Scottish Certificate of Education, 1962
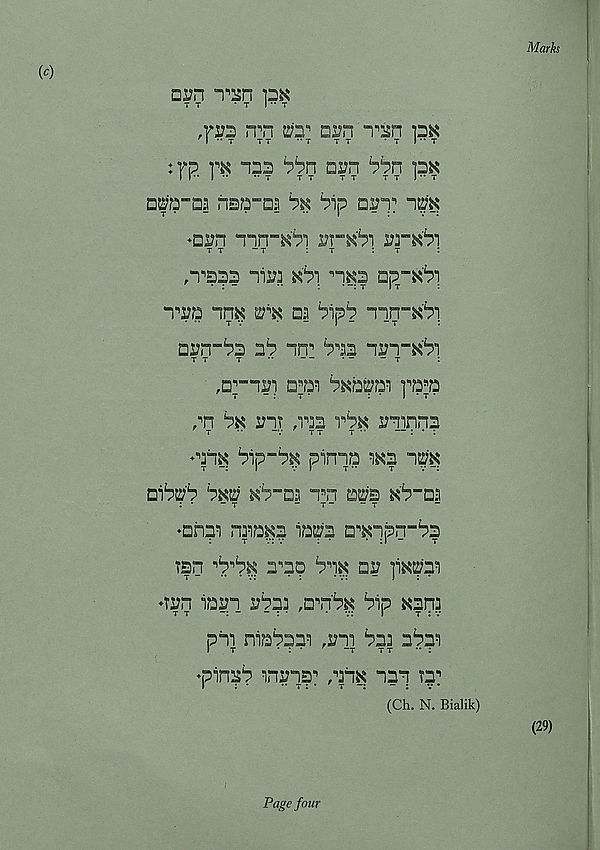
Marks
{c)
□5H ‘T’isn
T T
• T I •• T
Ti:2 n^n ra 1 nrn npn pK
I *• T
T T
•* T T T
*7 I *• T
: yp
am
px
I I ” I **
T
T T
T T
T T ! " T
ntsp-aa nsa-aa % ^ip am^
♦am “nn-^'P x?r*6i
t t
“ t
: t
: t
:
p^saa aPa xbi nxs ap-^i
T’ra in^ wx aa
-nn-^'P
tv
*
~
I -
-7
:
am-Pa P
P^aa
77
7
*•
‘ “
“7
,ap“ii?T api
]pp
pn
mt ,vaa Pa manna
t
•*
“V
77
7
— : * :
♦aiK
pinna wa n^'K
aibtP bw k^"aa n B n aiz?a kb“aa
: *
-7
-7-
-7
♦ahaa naaa^a iara □“'Knpn-ba
app bn^ ay ]i^paa
♦tm aayn ybaa ,n'rtbx bap «ana
pna naabaaa ,ma baa abaa
♦panab anms 1 pan^ nan ra^
(Ch. N. Bialik)
(29)
Page four